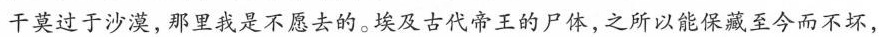
干莫过于沙漠，那里我是不愿去的。埃及古代帝王的尸体，之所以能保藏至今而不坏，